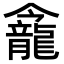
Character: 𪚕